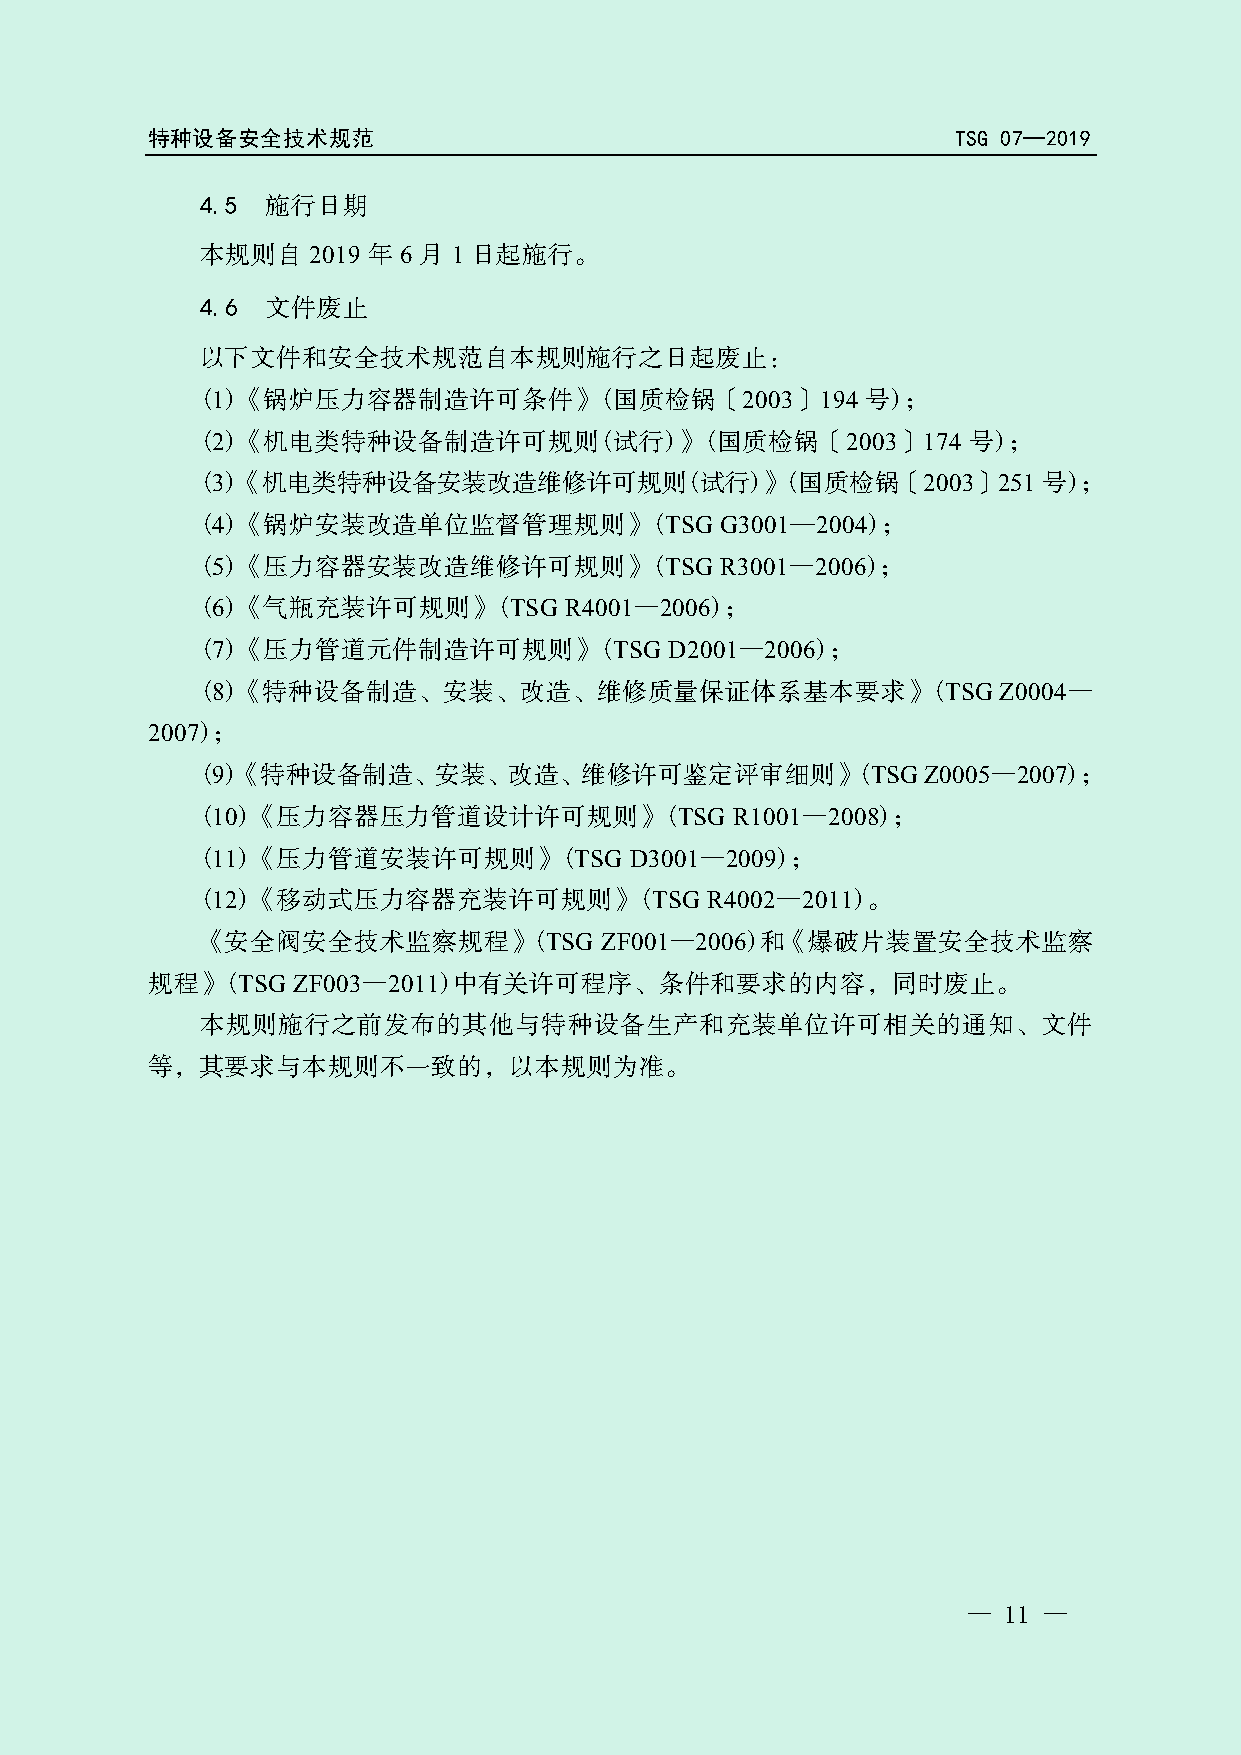
特种设备安全技术规范                                           TSG 07—2019
 4.5  施行日期
 本规则自   2019 年 6 月 1 日起施行。
 4.6  文件废止
 以下文件和安全技术规范自本规则施行之日起废止：
 (1)《锅炉压力容器制造许可条件》(国质检锅〔2003〕194             号)；
 (2)《机电类特种设备制造许可规则(试行)》(国质检锅〔2003〕174               号)；
 (3)《机电类特种设备安装改造维修许可规则(试行)》(国质检锅〔2003〕251                号)；
 (4)《锅炉安装改造单位监督管理规则》(TSG            G3001—2004)；
 (5)《压力容器安装改造维修许可规则》(TSG            R3001—2006)；
 局
 (6)《气瓶充装许可规则》(TSG       R4001—2006)；
 (7)《压力管道元件制造许可规则》(TSG          D2001—2006)总 ；
 (8)《特种设备制造、安装、改造、维修质量保证体理             系基本要求》(TSG     Z0004—
 2007)；
 管
 (9)《特种设备制造、安装、改造、维修许可鉴定评审细则》(TSG                Z0005—2007)；
 (10)《压力容器压力管道设计许可规则》督          (TSG R1001—2008)；
 (11)《压力管道安装许可规则》(TS
 监
 G D3001—2009)；
 (12)《移动式压力容器充装许可规则》(TSG           R4002—2011)。
 场
 《安全阀安全技术监察规程》(TSG          ZF001—2006)和《爆破片装置安全技术监察
 规程》(TSG  ZF003—2011)中有市 关许可程序、条件和要求的内容，同时废止。
 本规则施行之前发布的其他与特种设备生产和充装单位许可相关的通知、文件
 家
 等，其要求与本规则不一致的，以本规则为准。
 国
 — 11 —